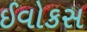
ઈવોકસ